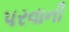
પરવાની